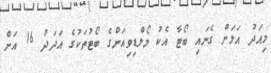
މިއަދު އަލަށް ގެނައި ބޯޓާ އެކު މޯލްޑިވިއަންގެ ބޯޓުތަކުގެ އަދަދު 16 އަށް